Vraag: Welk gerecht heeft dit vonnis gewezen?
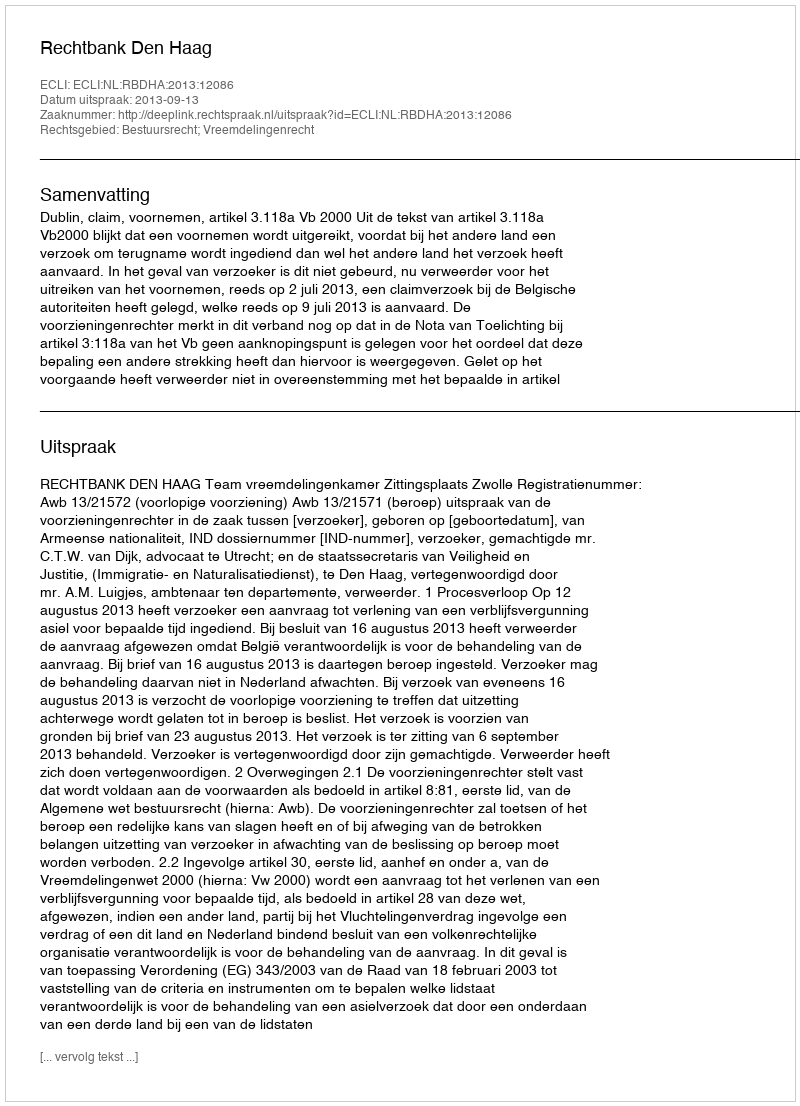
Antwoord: Rechtbank Den Haag